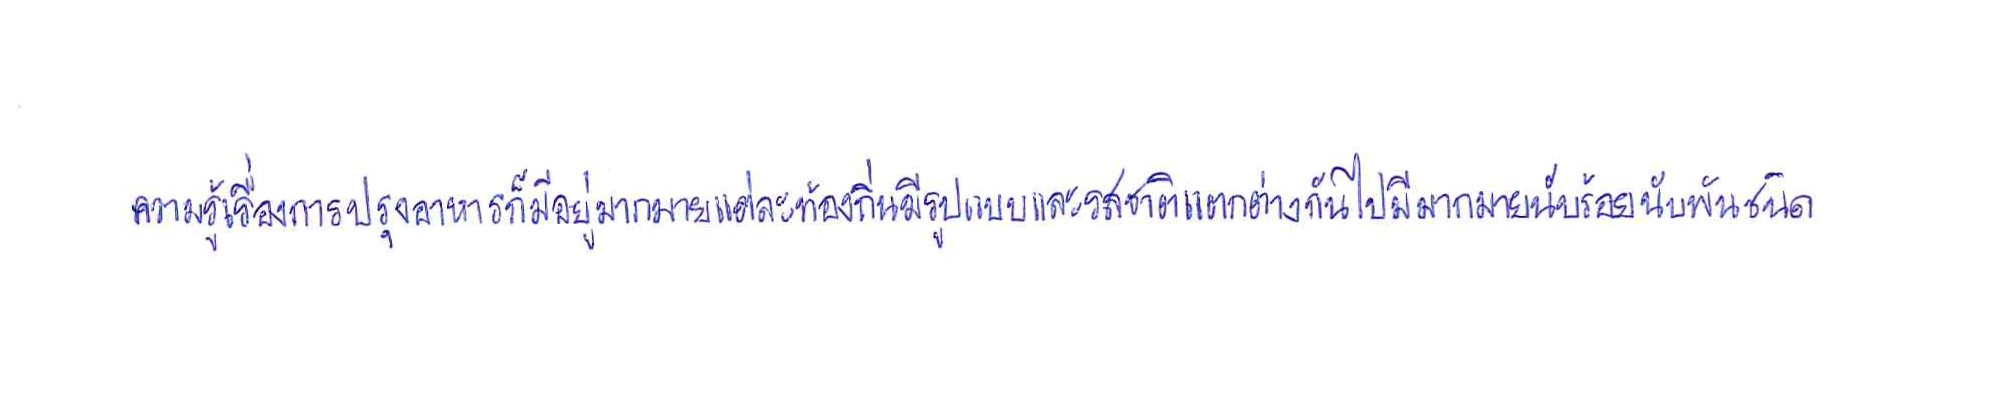
ความรู้เรื่องการปรุงอาหารก็มีอยู่มากมายแต่ละท้องถิ่นมีรูปแบบและรสชาติแตกต่างกันไปมีมากมายนับร้อยนับพันชนิด